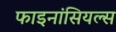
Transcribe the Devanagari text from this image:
फाइनांसियल्स